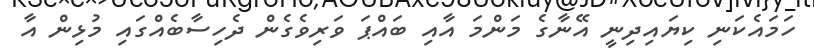
ހަމައެކަނި ކިޔައިދިނީ އޭނާގެ މަންމަ އާއި ބައްޕަ ވަރިވެގެން ދެހިސާބެއްގައި މުޅިން އާ